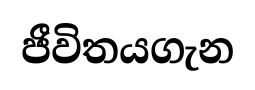
ජීවිතයගැන